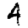
Digit: 4